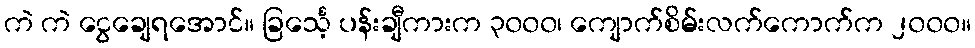
ကဲ ကဲ ငွေချေရအောင်။ ခြင်္သေ့ ပန်းချီကားက ၃၀၀၀၊ ကျောက်စိမ်းလက်ကောက်က ၂၀၀၀။